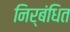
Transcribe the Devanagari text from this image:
निर्बंधित